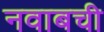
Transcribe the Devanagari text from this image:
नवाबची